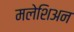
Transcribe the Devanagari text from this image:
मलेशिअन